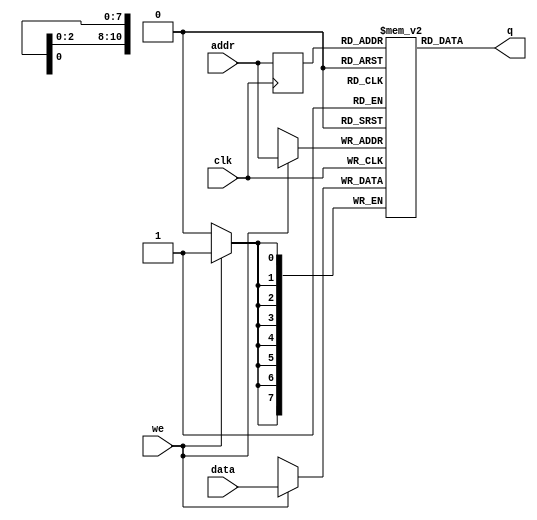
module ram2114
(
	input [7:0] data,
	input [10:0] addr,
	input we,clk,
	output [7:0] q
);

	reg [7:0] ram[2047:0];

	reg [10:0] addr_reg;

//RAM initialization Option 1 - Fill
	initial 
	begin : INIT
		integer i;
		for(i = 0; i < 2048; i = i + 1)
			ram[i] = {8{1'b0}};
	end 

	always @ (posedge clk)
	begin
		// Write
		if (we)//!
			ram[addr] <= data;

		addr_reg <= addr;
	end

	assign q = ram[addr_reg];

endmodule

module ram2114_DP
(
	input [7:0] data_a, data_b,
	input [10:0] addr_a, addr_b,
	input we_a, we_b, clk,
	output reg [7:0] q_a, q_b
);

	// Declare the RAM variable
	reg [7:0] ram[2047:0];
	
	initial 
	begin : INIT
		integer i;
		for(i = 0; i < 2048; i = i + 1)
			ram[i] = {8{1'b0}};
	end 

	// Port A 
	always @ (posedge clk)
	begin
		if (we_a) //!
		begin
			ram[addr_a] <= data_a;
			q_a <= data_a;
		end
		else 
		begin
			q_a <= ram[addr_a];
		end 
	end 

	// Port B 
	always @ (posedge clk)
	begin
		if (we_b) //
		begin
			ram[addr_b] <= data_b;
			q_b <= data_b;
		end
		else 
		begin
			q_b <= ram[addr_b];
		end 
	end

endmodule
//New Modules
module ram8125
(
	input di,
	input [7:0] addr,
	input we,clk,cs,
	output q
);

	reg ram[0:1023];

	reg [7:0] addr_reg;

	initial 
	begin : INIT
		integer i;
		for(i = 0; i < 1024; i = i + 1)
			ram[i] = 1'b0;
	end 

	always @ (posedge clk)
	begin
		// Write
		if (we && cs)
			ram[addr] <= di;

		addr_reg <= addr;
	end

	assign q = ram[addr_reg];

endmodule

module ram2114_bullet
(
	input [7:0] data,
	input [10:0] addr,
	input we,clk,
	output [7:0] q
);

	reg [7:0] ram[2047:0];

	reg [10:0] addr_reg;

//RAM initialization pre-set
	initial
	begin
		$readmemh("bullet.txt", ram);
	end

	always @ (posedge clk)
	begin
		// Write
		if (we)//!
			ram[addr] <= data;

		addr_reg <= addr;
	end

	assign q = ram[addr_reg];

endmodule

module ram2114_DP_bullet
(
	input [7:0] data_a, data_b,
	input [10:0] addr_a, addr_b,
	input we_a, we_b, clk,
	output reg [7:0] q_a, q_b
);

	// Declare the RAM variable
	reg [7:0] ram[2047:0];
	
	//initial 
	//begin : INIT
	//	integer i;
	//	for(i = 0; i < 2048; i = i + 1)
	//		ram[i] = {8{1'b0}};
	//end 

	initial
	begin
		$readmemh("bullet.txt", ram);
	end

	// Port A 
	always @ (posedge clk)
	begin
		if (we_a) //!
		begin
			ram[addr_a] <= data_a;
			q_a <= data_a;
		end
		else 
		begin
			q_a <= ram[addr_a];
		end 
	end 

	// Port B 
	always @ (posedge clk)
	begin
		if (we_b) //
		begin
			ram[addr_b] <= data_b;
			q_b <= data_b;
		end
		else 
		begin
			q_b <= ram[addr_b];
		end 
	end

endmodule